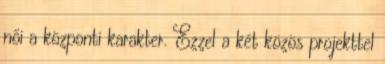
női a központi karakter. Ezzel a két közös projekttel